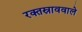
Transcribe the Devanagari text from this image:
रक्तस्राववाले